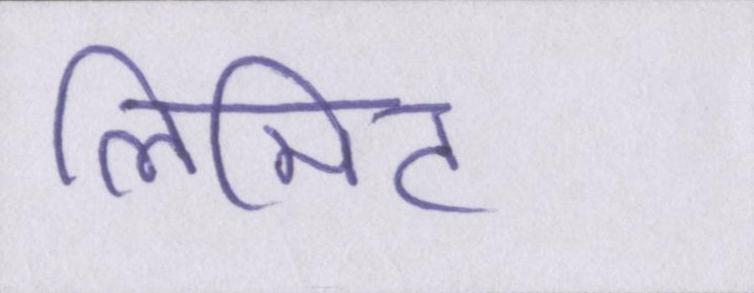
लिमिट